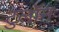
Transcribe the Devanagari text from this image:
टुलॉन